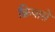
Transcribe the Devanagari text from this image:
क्रिपासे